Report on vaccination in Madras 1895-1903 - 1895-1903
Year: 1895
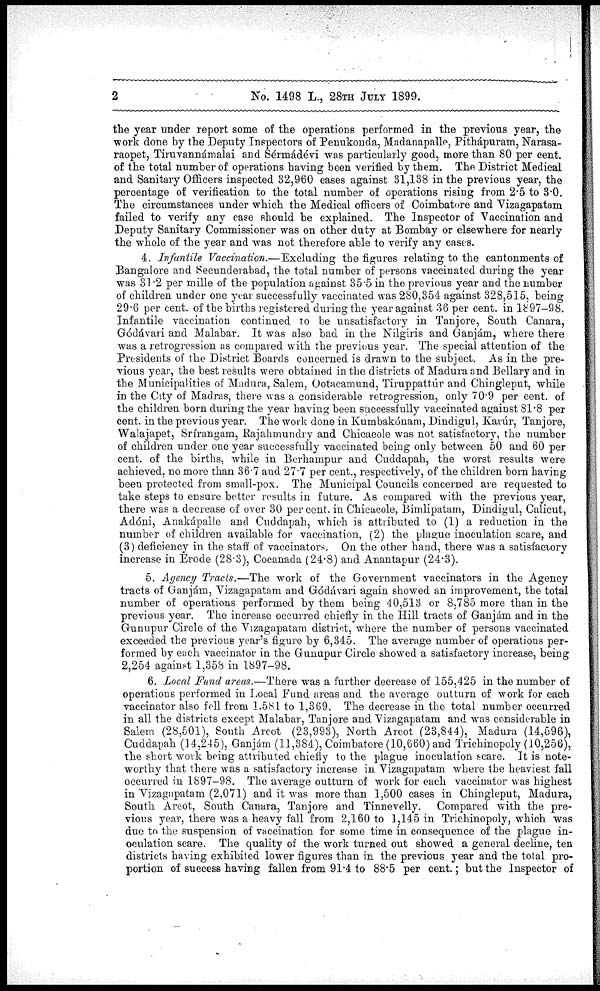
2
No. 1498 L., 28TH JULY 1899.
the year under report some of the operations performed in the previous year, the
work done by the Deputy Inspectors of Penukonda, Madanapalle, Pithápuram, Narasa-
raopet, Tiruvannámalai and Seérmádévi was particularly good, more than 80 per cent.
of the total number of operations having been verified by them. The District Medical
and Sanitary Officers inspected 32,960 cases against 31,138 in the previous year, the
percentage of verification to the total number of operations rising from 2.5 to 3.0.
The circumstances under which the Medical officers of Coimbatore and Vizagapatam
failed to verify any case should be explained. The Inspector of Vaccination and
Deputy Sanitary Commissioner was on other duty at Bombay or elsewhere for nearly
the whole of the year and was not therefore able to verify any cases.
4. Infantile Vaccination.—Excluding the figures relating to the cantonments of
Bangalore and Secunderabad, the total number of persons vaccinated during the year
was 31.2 per mille of the population against 35.5 in the previous year and the number
of children under one year successfully vaccinated was 280,354 against 328,515, being
29.6 per cent. of the births registered during the year against 36 per cent. in 1897-98.
Infantile vaccination continued to be unsatisfactory in Tanjore, South Canara,
Gódávari and Malabar. It was also bad in the Nilgiris and Ganjám, where there
was a retrogression as compared with the previous year. The special attention of the
Presidents of the District Boards concerned is drawn to the subject. As in the pre-
vious year, the best results were obtained in the districts of Madura and Bellary and in
the Municipalities of Madura, Salem, Ootacamund, Tiruppattúr and Chingleput, while
in the City of Madras, there was a considerable retrogression, only 70.9 per cent. of
the children born during the year having been successfully vaccinated against 81.8 per
cent. in the previous year. The work done in Kumbakónam, Dindigul, Karúr, Tanjore,
Walajapet, Srírangam, Rajahmundry and Chicacole was not satisfactory, the number
of children under one year successfully vaccinated being only between 50 and 60 per
cent. of the births, while in Berhampur and Cuddapah, the worst results were
achieved, no more than 36.7 and 27.7 per cent., respectively, of the children born having
been protected from small-pox. The Municipal Councils concerned are requested to
take steps to ensure better results in future. As compared with the previous year,
there was a decrease of over 30 per cent. in Chicacole, Bimlipatam, Dindigul, Calicut,
Adóni, Anakápalle and Cuddapah, which is attributed to (1) a reduction in the
number of children available for vaccination, (2) the plague inoculation scare, and
(3) deficiency in the staff of vaccinators. On the other hand, there was a satisfactory
increase in Erode (28.3), Cocanada (24.8) and Anantapur (24.3).
5. Agency Tracts.—The work of the Government vaccinators in the Agency
tracts of Ganjám, Vizagapatam and Gódávari again showed an improvement, the total
number of operations performed by them being 40,513 or 8,785 more than in the
previous year. The increase occurred chiefly in the Hill tracts of Ganjám and in the
Gunupur Circle of the Vizagapatam district, where the number of persons vaccinated
exceeded the previous year's figure by 6,345. The average number of operations per-
formed by each vaccinator in the Gunupur Circle showed a satisfactory increase, being
2,254 against 1,358 in 1897-98.
6. Local Fund areas.—There was a further decrease of 155,425 in the number of
operations performed in Local Fund areas and the average outturn of work for each
vaccinator also fell from 1,581 to 1,369. The decrease in the total number occurred
in all the districts except Malabar, Tanjore and Vizagapatam and was considerable in
Salem (28,501), South Arcot (23,993), North Arcot (23,844), Madura (14,596),
Cuddapah (14,245), Ganjám (11,384), Coimbatore (10,660) and Trichinopoly (10,256),
the short work being attributed chiefly to the plague inoculation scare. It is note-
worthy that there was a satisfactory increase in Vizagapatam where the heaviest fall
occurred in 1897-98. The average outturn of work for each vaccinator was highest
in Vizagapatam (2,071) and it was more than 1,500 cases in Chingleput, Madura,
South Arcot, South Canara, Tanjore and Tinnevelly. Compared with the pre-
vious year, there was a heavy fall from 2,160 to 1,145 in Trichinopoly, which was
due to the suspension of vaccination for some time in consequence of the plague in-
oculation scare. The quality of the work turned out showed a general decline, ten
districts having exhibited lower figures than in the previous year and the total pro-
portion of success having fallen from 91.4 to 88.5 per cent.; but the Inspector of